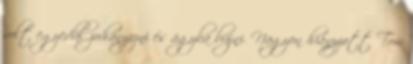
volt egyedül zuhanyozni és ágyba bújni. Nagyon hiányzott Tom